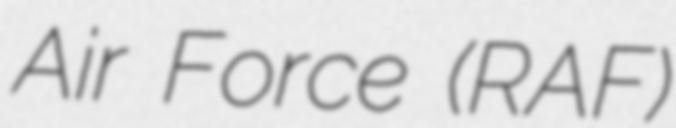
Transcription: Air Force (RAF)